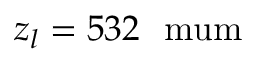
z _ { l } = 5 3 2 \ \mathrm { \ m u m }